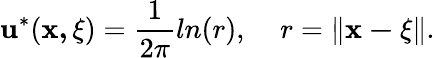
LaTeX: \mathbf{u}^{*}(\mathbf{{x,{\mathbf{\xi}}}})=\frac{{1}}{{2\pi}}ln(r),\; \; \; \; r=\| \mathbf{{x-{\mathbf{\xi}}}}\| .